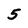
Character: 5